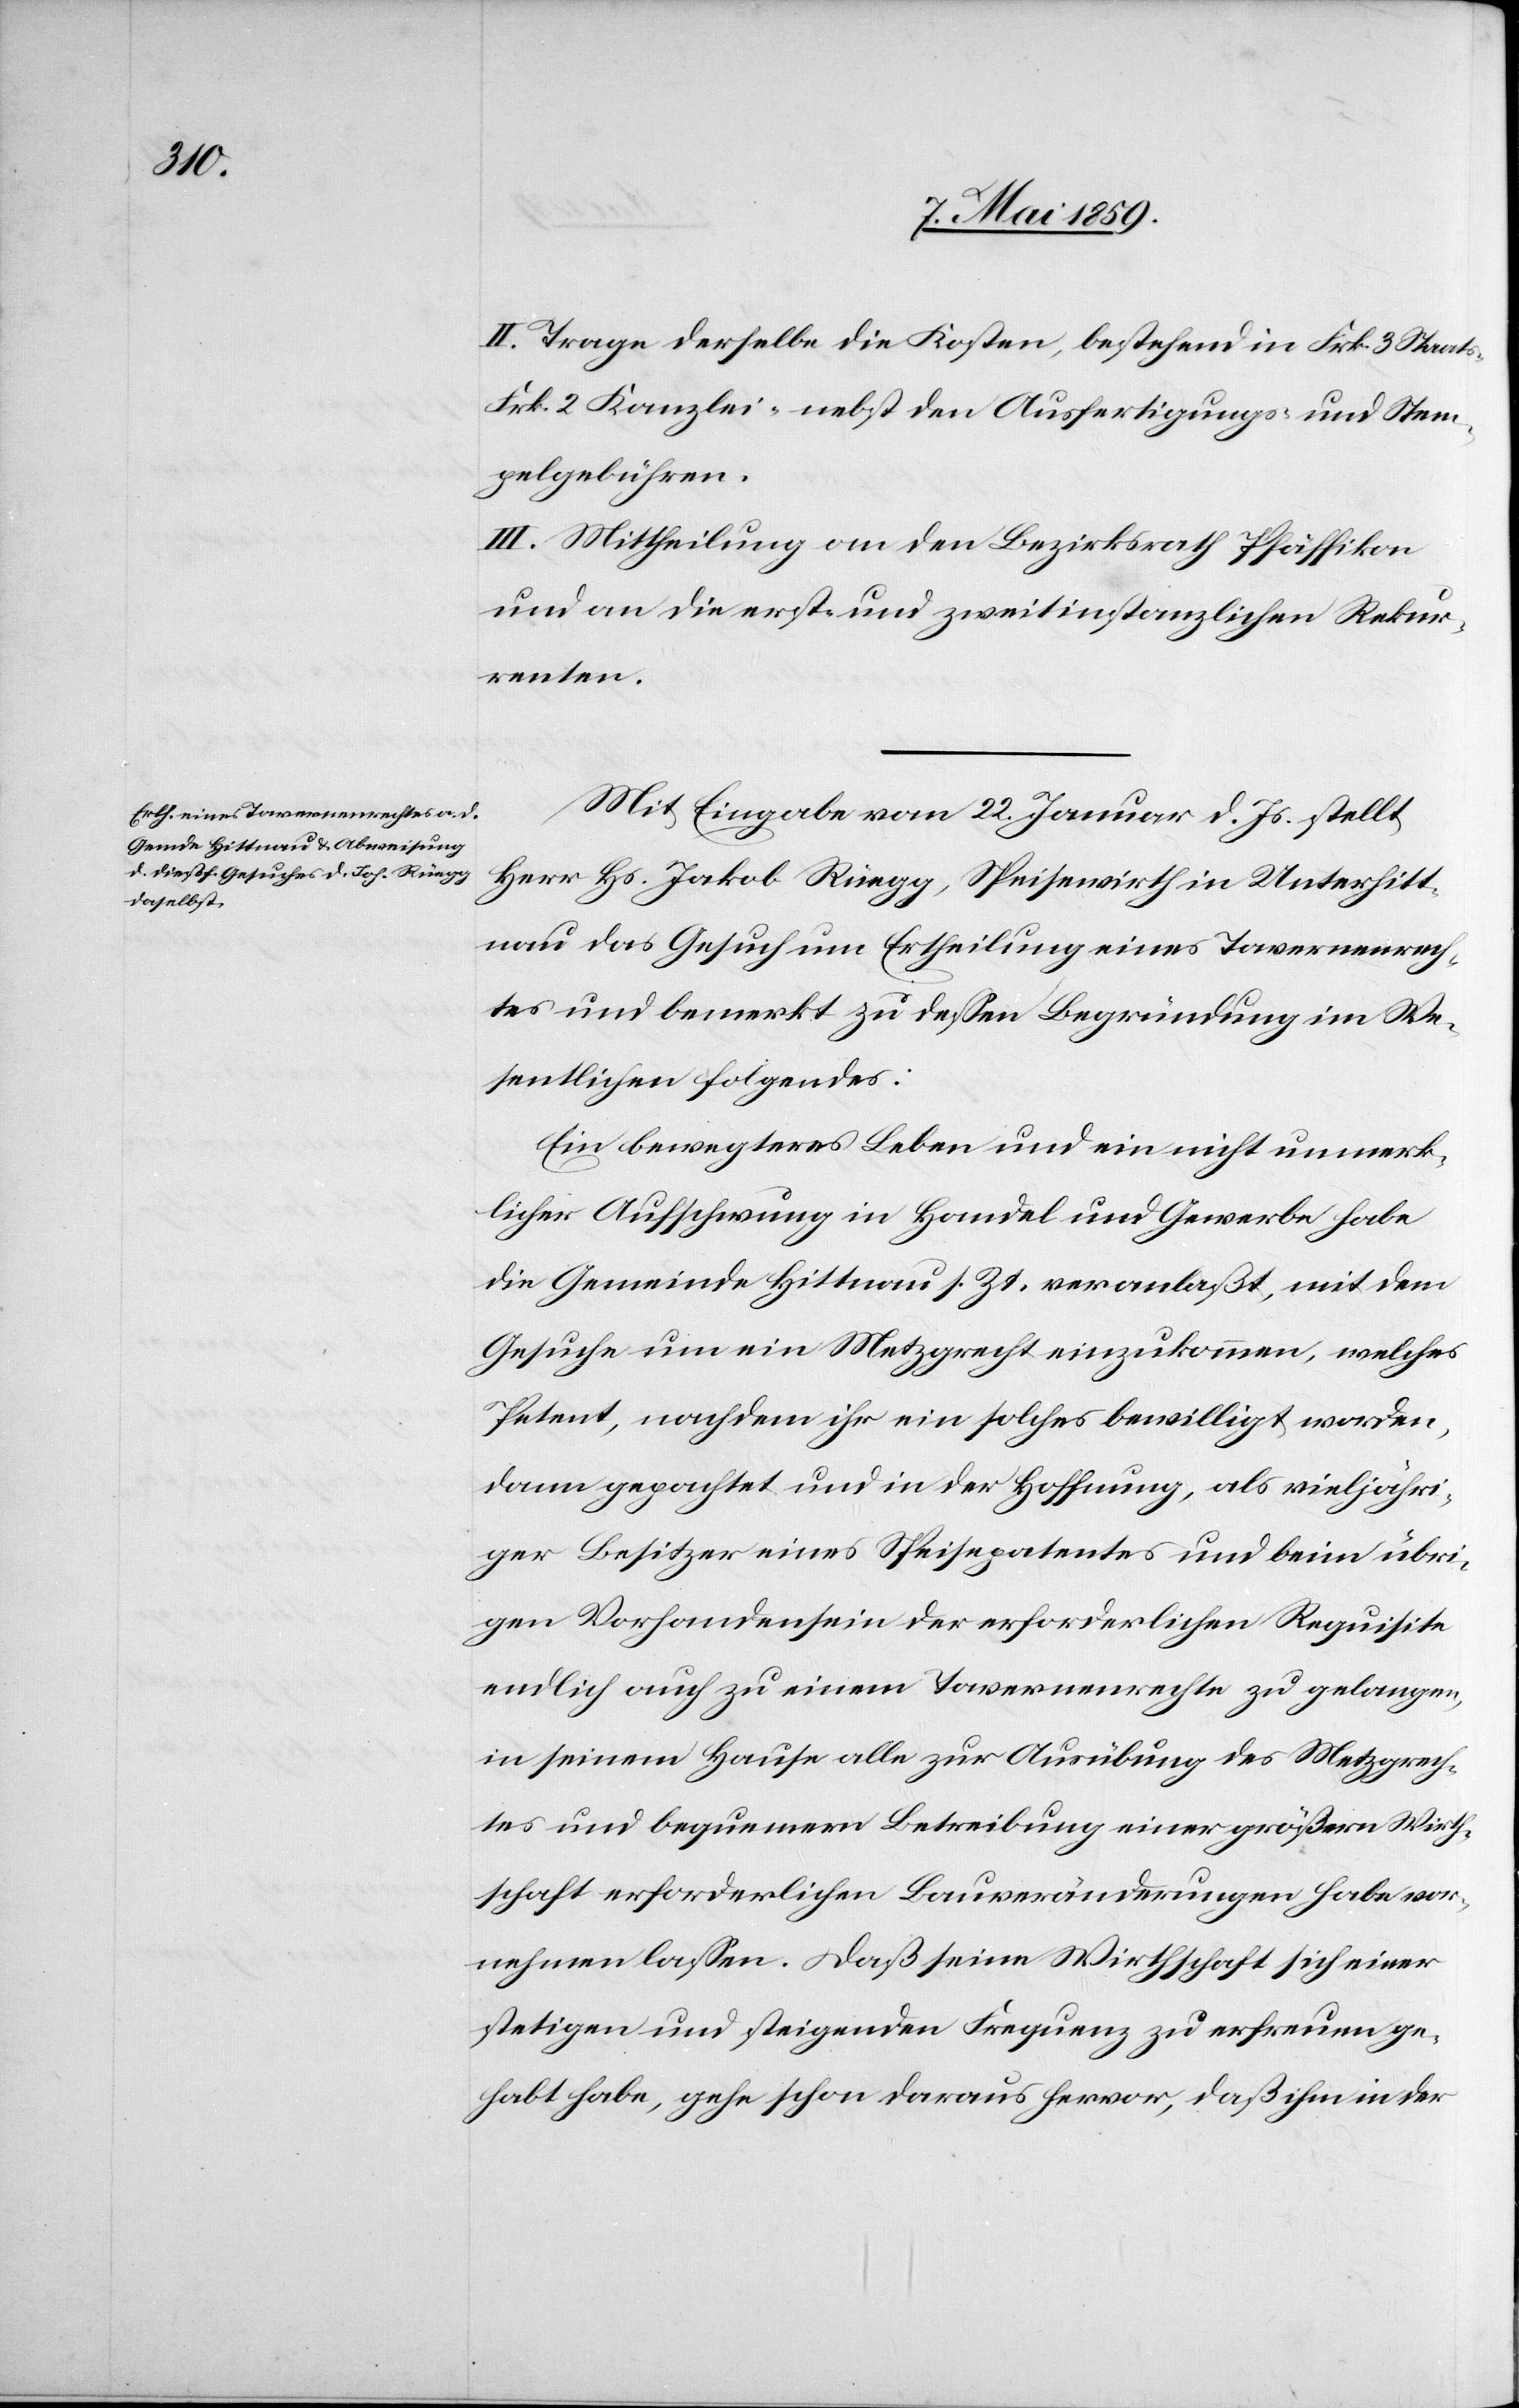
II. Trage derselbe die Kosten, bestehend in Frk. 3 Staats-[,]
Frk. 2 Kanzlei- nebst den Ausfertigungs- und Stem¬
pelgebühren.
III. Mittheilung an den Bezirksrath Pfäffikon
und an die erst- und zweitinstanzlichen Rekur¬
renten.
Mit Eingabe vom 22. Januar d. Js. stellt
Herr Hs. Jakob Rüegg, Speisewirth in Unterhitt¬
nau das Gesuch um Ertheilung eines Tavernenrech¬
tes und bemerkt zu deßen Begründung im We¬
sentlichen folgendes:
Ein bewegteres Leben und ein nicht unmerk¬
licher Aufschwung in Handel und Gewerbe habe
die Gemeinde Hittnau s. Zt. veranlaßt, mit dem
Gesuche um ein Metzgrecht einzukommen, welches
Petent, nachdem ihr ein solches bewilligt worden,
dann gepachtet und in der Hoffnung, als vieljähri¬
ger Besitzer eines Speisepatentes und beim übri¬
gen Vorhandensein der erforderlichen Requisite
endlich auch zu einem Tavernenrechte zu gelangen,
in seinem Hause alle zur Ausübung des Metzgrech¬
tes und bequemern Betreibung einer größern Wirth¬
schaft erforderlichen Bauveränderungen habe vor¬
nehmen laßen. Daß seine Wirthschaft sich einer
stetigen und steigenden Frequenz zu erfreuen ge¬
habt habe, gehe schon daraus hervor, daß ihm in der